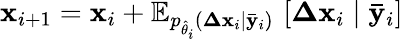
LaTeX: \mathbf{x}_{i+1}=\mathbf{x}_{i}+\mathbb{E}_{p_{\hat{\theta}_{i}}(\mathbf{\Delta x}_{i}\mid\mathbf{\bar{y}}_{i})}\, \left[\mathbf{\Delta x}_{i}\mid\mathbf{\bar{y}}_{i}\right]